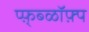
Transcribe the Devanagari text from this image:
प्फ़़्ब्ळॉफ़्प